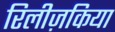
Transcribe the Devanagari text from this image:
रिलीज़किया